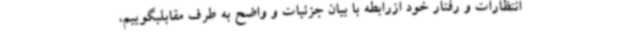
انتظارات و رفتار خود ازرابطه با بیان جزئیات و واضح به طرف مقابلبگوییم،